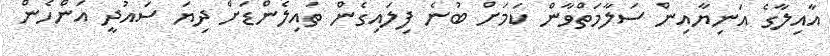
އާއިލާގެ އަނިޔާއިން ސަލާމަތްވާން ކަމަށް ބުނެ ފިލައިގެން ތައިލެންޑަށް ދިޔަ ސައުދީ އަންހެން